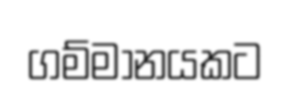
ගම්මානයකට